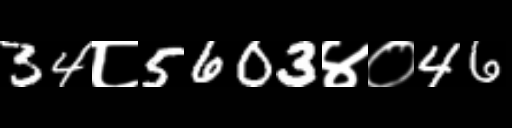
Text: 34८5603४०46